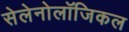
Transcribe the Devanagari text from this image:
सेलेनोलॉजिकल